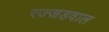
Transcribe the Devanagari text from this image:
रज्जडवाल